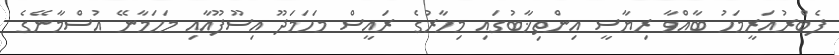
ފެބްރުއަރީމަހު ބާއްވާ ރިޔާސީ އިންތިޚާބުގައި މިހާރުގެ ރައީސް މަހަމަދޫ އިސޫފޫއާއި މަހަމާނޭ އުސްމާނޭގެ